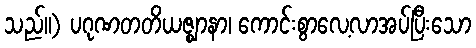
သည်။) ပဂုဏတတိယဇ္ဈာနာ၊ ကောင်းစွာလေ့လာအပ်ပြီးသော